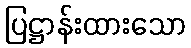
ပြဋ္ဌာန်းထားသော